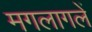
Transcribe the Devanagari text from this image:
मगलागलें